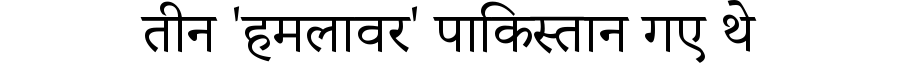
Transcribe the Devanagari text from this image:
तीन 'हमलावर' पाकिस्तान गए थे